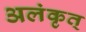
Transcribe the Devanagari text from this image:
अलंकृत्‌